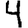
Digit: 4